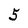
Character: 5